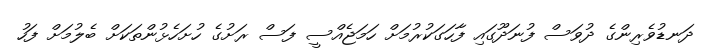
ދަނޑުވެރިންގެ ދުވަސް ފުނަދޫގައި ފާހަގަކުރުމަށް ހަމަޖެއްސީ ފަސް ރަށުގެ ހުށަހެޅުންތަކަށް ބެލުމަށް ފަހު